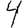
Digit: 4